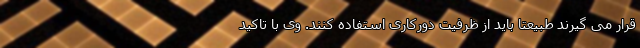
قرار می گیرند طبیعتا باید از ظرفیت دورکاری استفاده کنند. وی با تاکید